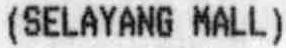
(SELAYANG MALL)